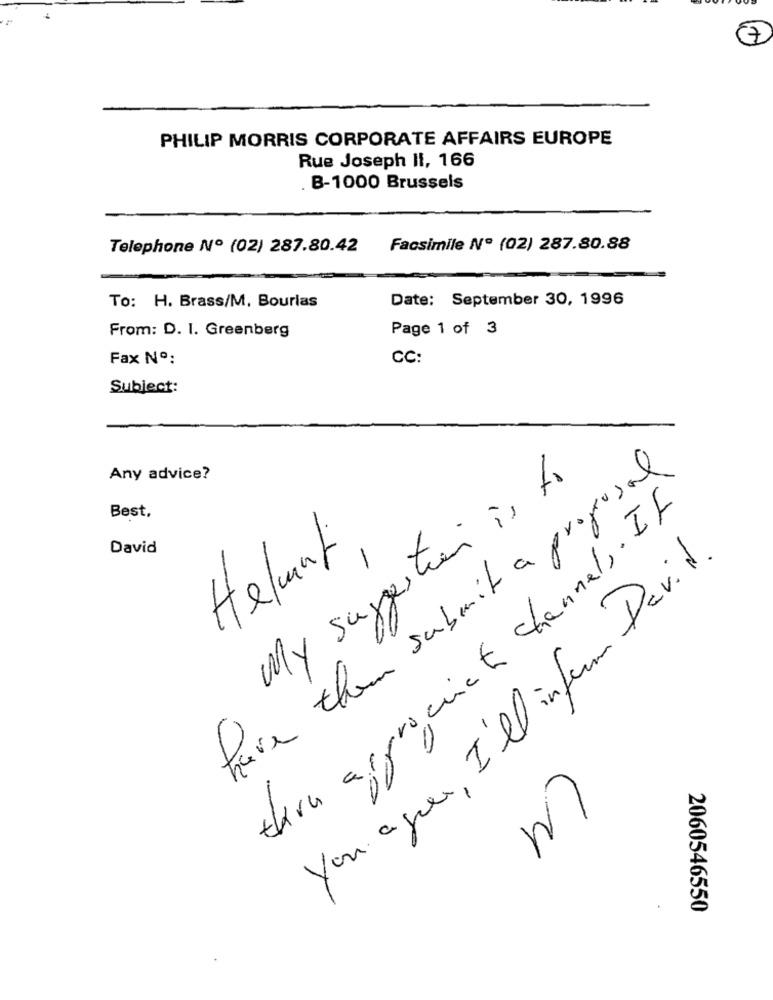
7
PHILIP MORRIS CORPORATE AFFAIRS EUROPE
Rue Joseph II, 166
B-1000 Brussels
Telephone Nº (02) 287.80.42
Facsimile Nº (02) 287.80.88
Date: September 30, 1996
To: H. Brass/M, Bourlas
From: D. I. Greenberg
Page 1 of 3
Fax Nº:
CC:
Subject:
Any advice?
have them submit a proposal
My suggestion is to
Best,
there asprocent channels. If
David
Helmut
You agree, I'll inform David.
CM
2060546550